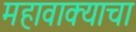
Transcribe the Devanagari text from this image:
महावाक्याचा